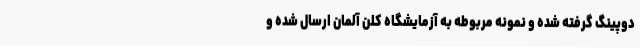
دوپینگ گرفته شده و نمونه مربوطه به آزمایشگاه کلن آلمان ارسال شده و